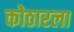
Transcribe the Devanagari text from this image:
कोठारला